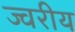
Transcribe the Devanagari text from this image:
ज्वरीय